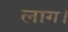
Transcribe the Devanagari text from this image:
लाग।